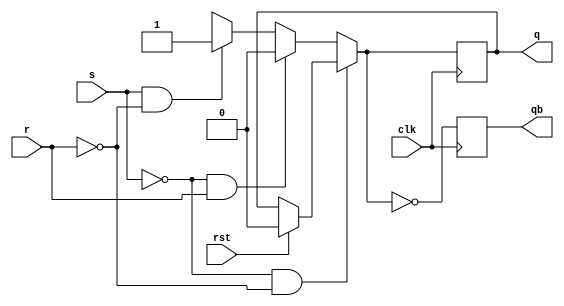
`timescale 1ns / 1ns
//////////////////////////////////////////////////////////////////////////////////
// Company: 
// Engineer: 
// 
// Design Name: 
// Module Name:    sr_ff 
// Project Name: 
// Target Devices: 
// Tool versions: 
// Description: 
//
// Dependencies: 
//
// Revision: 
// Revision 0.01 - File Created
// Additional Comments: 
//
//////////////////////////////////////////////////////////////////////////////////
module sr_ff(s,r,clk,rst,q,qb);

input s,r,clk,rst;
output reg q,qb;
always@(posedge clk)
begin
if(rst)
begin
q=1'b0;
qb=~q;
end
if(~s&&~r)
   q=q;
else if(~s&&r)
   q=1'b0;
else if(s&&~r)
   q=1'b1;
else
   q=1'bx;
qb=~q;
end
endmodule